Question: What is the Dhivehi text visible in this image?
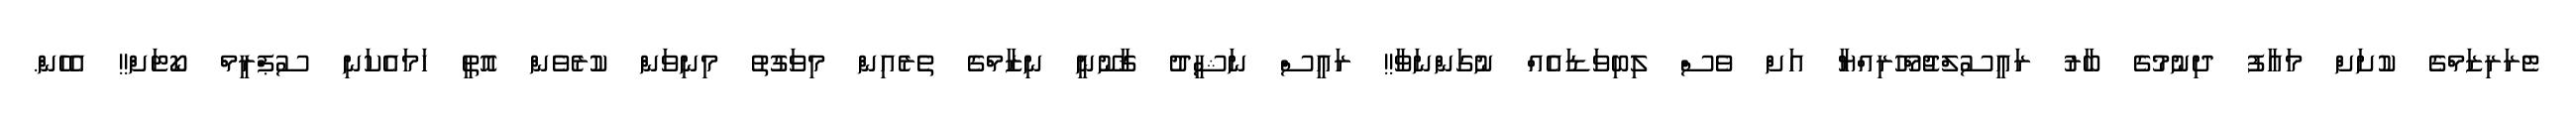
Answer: ޓެރަރިޒަމްގެ ކުށަށް މަޢާފު ދިނުމުގެ ބާރު ރައީސުލްޖުމްހޫރިއްޔާ އަށް ވެސް ލިބިވަޑައެއް ނުގަންނަވާ!! ރައީސް ނަޝީދު ޤާނޫނީ ނިޒާމްގެ ތެރެއިން މިވަގުތު މިނިވަން ކުރެވެން އޮތީ ހަމައެކަނި ސުޕްރީމް ކޯޓަށް!! އެހެން.